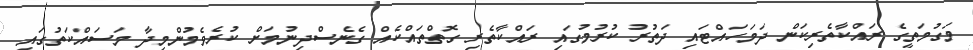
މަގުމަތީގެ ރައްކާތެރިކަން ދަމަހައްޓައި ދަތުރު ކުރުމުގައި ރައްކާތެރި ގޮތްތައްކެއް ގެނެސްދިނުމަށް ކުރެވެމުންމިދާ މަސައްކަތުގައި